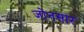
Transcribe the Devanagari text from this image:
जोनसार